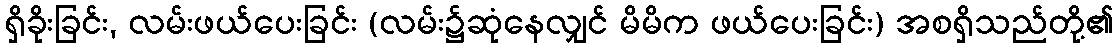
ရှိခိုးခြင်း, လမ်းဖယ်ပေးခြင်း (လမ်း၌ဆုံနေလျှင် မိမိက ဖယ်ပေးခြင်း) အစရှိသည်တို့၏